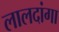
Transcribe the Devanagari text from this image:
लालदांगा